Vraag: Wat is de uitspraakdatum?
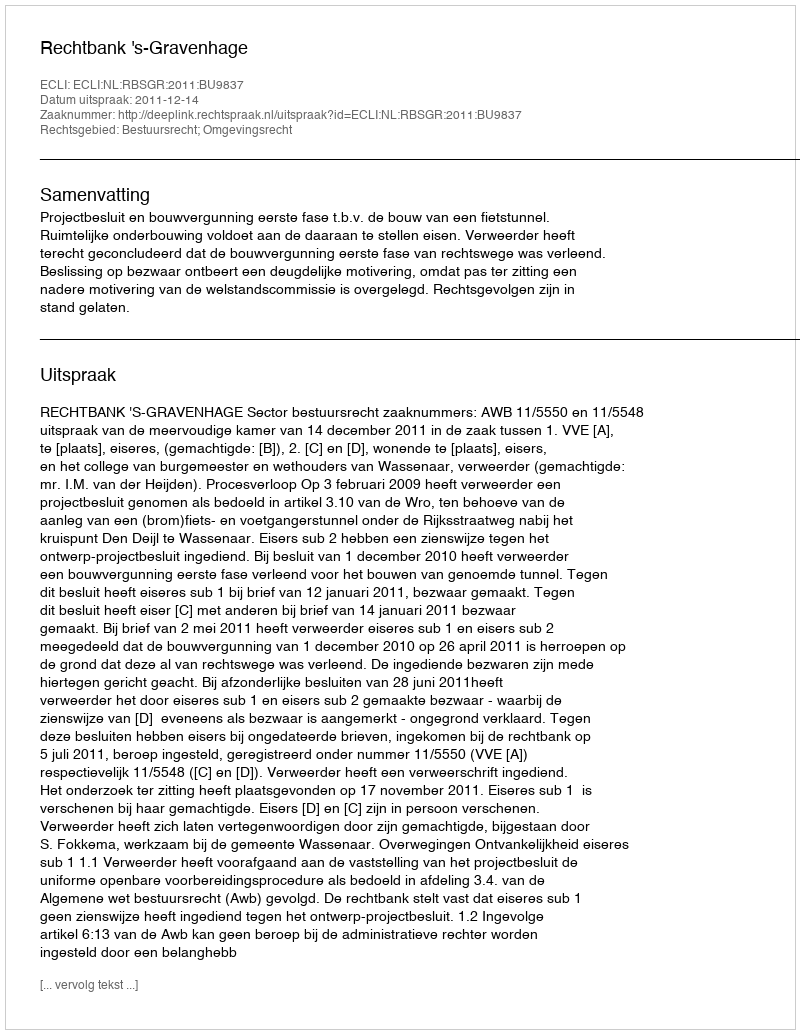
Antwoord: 2011-12-14